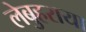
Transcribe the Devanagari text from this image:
लेबुहराया